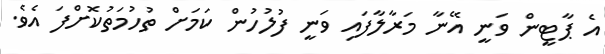
އެ ޕާޓީން ވަނީ އޭނާ މަރާލާފައި ވަނީ ފުލުހުން ކަމަށް ތުހުމަތުކޮށްފަ އެވެ.